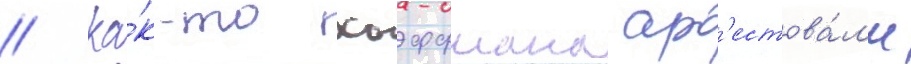
// Ка́к-то хоффмана ар'естова́л'и